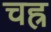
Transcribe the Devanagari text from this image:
चह्र